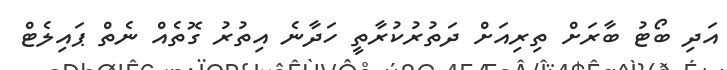
އަދި ބޯޓު ބާރަށް ތިރިއަށް ދަތުރުކުރާތީ ހަދާނެ އިތުރު ގޮތެއް ނެތް ޕައިލެޓް